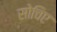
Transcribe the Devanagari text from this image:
सोचिए